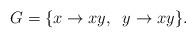
LaTeX: \begin{align*}G=\{ x \rightarrow xy, \;\; y \rightarrow xy\}.\end{align*}